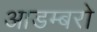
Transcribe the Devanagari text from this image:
आडम्बरो